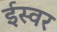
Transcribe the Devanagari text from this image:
ईस्वर